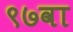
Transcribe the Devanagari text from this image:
९७वा